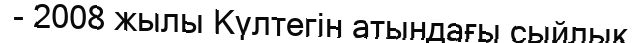
- 2008 жылы Күлтегін атындағы сыйлық